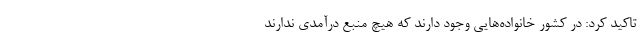
تاکید کرد: در کشور خانواده‌هایی وجود دارند که هیچ منبع درآمدی ندارند